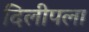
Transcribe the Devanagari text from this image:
दिलीपला